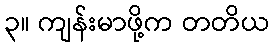
၃။ ကျန်းမာဖို့က တတိယ